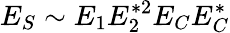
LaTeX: E_{S}\sim E_{1}E_{2}^{*2}E_{C}E_{C}^{*}